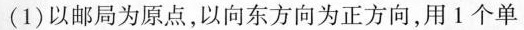
(1)以邮局为原点，以向东方向为正方向，用1个单